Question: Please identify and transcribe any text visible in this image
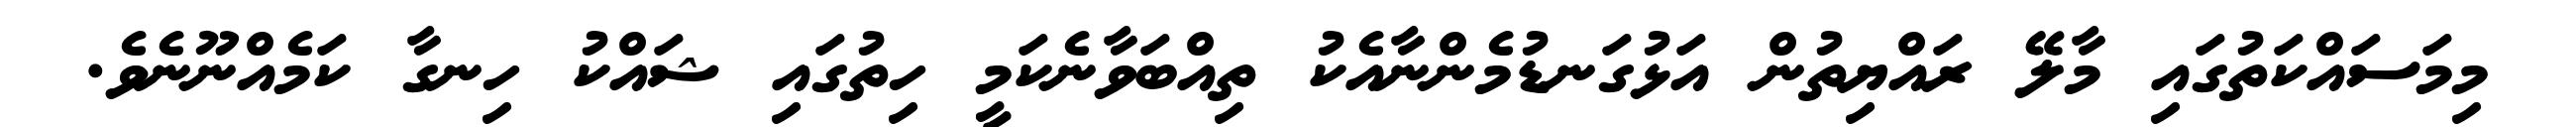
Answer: މިމަސައްކަތުގައި މާލޭ ރައްޔިތުން އަޅުގަނޑުމެންނާއެކު ތިއްބަވާނެކަމީ ހިތުގައި ޝައްކު ހިނގާ ކަމެއްނޫނެވެ.